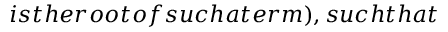
i s t h e r o o t o f s u c h a t e r m ) , s u c h t h a t